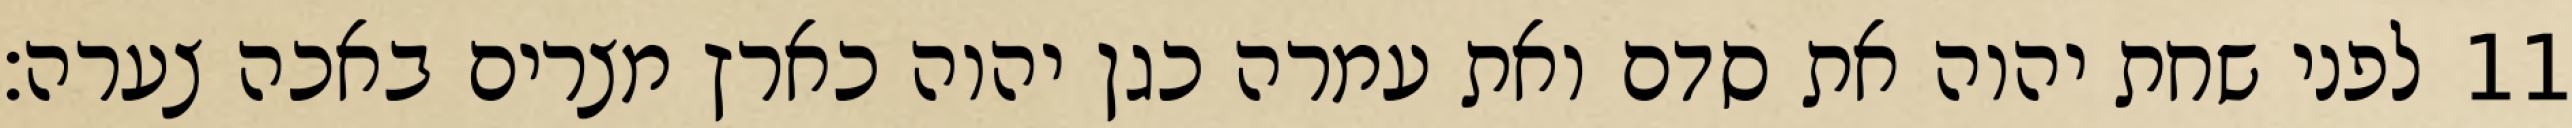
לפני שחת יהוה את סדם ואת עמרה כגן יהוה כארץ מצרים באכה צערה׃ ‎11‏